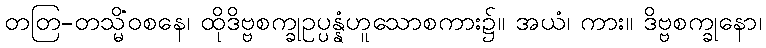
တတြ-တသ္မိံဝစနေ၊ ထိုဒိဗ္ဗစက္ခုဥပ္ပန္နံဟူသောစကား၌။ အယံ၊ ကား။ ဒိဗ္ဗစက္ခုနော၊